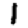
Digit: 1